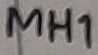
Text: MH1